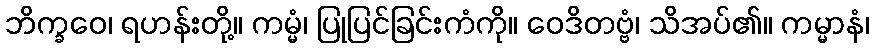
ဘိက္ခဝေ၊ ရဟန်းတို့။ ကမ္မံ၊ ပြုပြင်ခြင်းကံကို။ ဝေဒိတဗ္ဗံ၊ သိအပ်၏။ ကမ္မာနံ၊